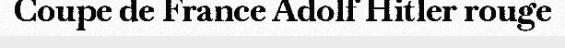
Coupe de France Adolf Hitler rouge